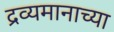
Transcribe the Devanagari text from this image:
द्रव्यमानाच्या